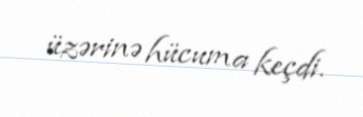
üzərinə hücuma keçdi.